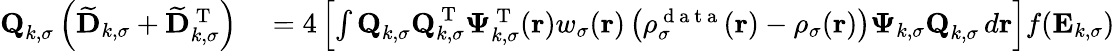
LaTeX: \begin{array}{rl}{\textbf{Q}_{k,\sigma}\left(\mathbf{\widetilde{D}}_{k,\sigma}+\mathbf{\widetilde{D}}_{k,\sigma}^{\mathrm{~T~}}\right)}&{{}=4\left[\int\textbf{Q}_{k,\sigma}\textbf{Q}_{k,\sigma}^{\mathrm{~T~}}\boldsymbol{\Psi}_{k,\sigma}^{\mathrm{~T~}}(\boldsymbol{\textbf{r}})w_{\sigma}(\boldsymbol{\textbf{r}})\left(\rho_{\sigma}^{\mathrm{~d~a~t~a~}}(\boldsymbol{\textbf{r}})-\rho_{\sigma}(\boldsymbol{\textbf{r}})\right)\boldsymbol{\Psi}_{k,\sigma}\textbf{Q}_{k,\sigma}\, d\boldsymbol{\textbf{r}}\right]f(\mathbf{E}_{k,\sigma})}\end{array}